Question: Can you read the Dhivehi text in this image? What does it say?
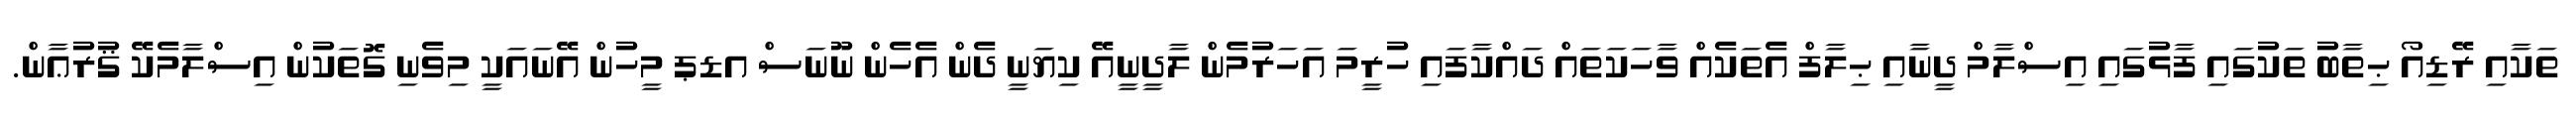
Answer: ތަކާއި ރޭޑިއޯ ޙިތާބު ތަކުގައި ފާޅުގައި އިސްލާމް ދީނާއި ޙިލާފް އެތަކެއް ވާހަކަތައް ދައްކާފައި ހުރީމަ އަހަރުމެން ލާދީނީއޭ ކިޔަނީ ދެން އެހެން ނޫނަސް އޑޕ މީހުން އޭނައަކީ މިވެނި ގޮތަކުން އިސްލާމެކޭ ޤުރުޢާން.